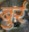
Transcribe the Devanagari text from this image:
बुर्र